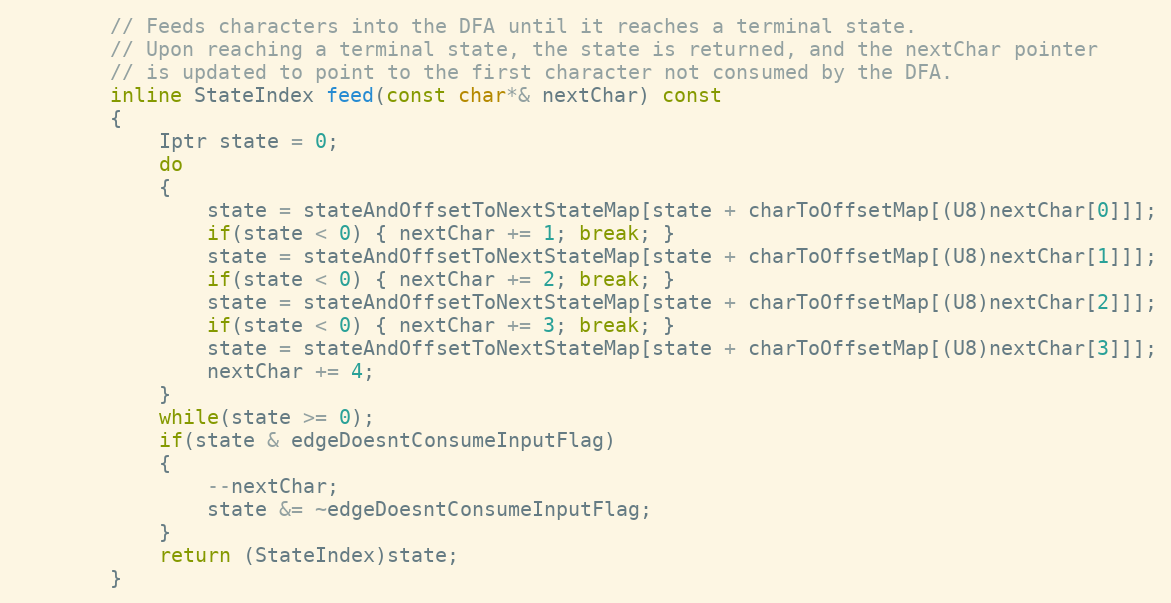
Language: C
		// Feeds characters into the DFA until it reaches a terminal state.
		// Upon reaching a terminal state, the state is returned, and the nextChar pointer
		// is updated to point to the first character not consumed by the DFA.
		inline StateIndex feed(const char*& nextChar) const
		{
			Iptr state = 0;
			do
			{
				state = stateAndOffsetToNextStateMap[state + charToOffsetMap[(U8)nextChar[0]]];
				if(state < 0) { nextChar += 1; break; }
				state = stateAndOffsetToNextStateMap[state + charToOffsetMap[(U8)nextChar[1]]];
				if(state < 0) { nextChar += 2; break; }
				state = stateAndOffsetToNextStateMap[state + charToOffsetMap[(U8)nextChar[2]]];
				if(state < 0) { nextChar += 3; break; }
				state = stateAndOffsetToNextStateMap[state + charToOffsetMap[(U8)nextChar[3]]];
				nextChar += 4;
			}
			while(state >= 0);
			if(state & edgeDoesntConsumeInputFlag)
			{
				--nextChar;
				state &= ~edgeDoesntConsumeInputFlag;
			}
			return (StateIndex)state;
		}